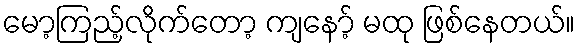
မော့ကြည့်လိုက်တော့ ကျနော့် မထု ဖြစ်နေတယ်။